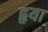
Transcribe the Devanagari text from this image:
हृया